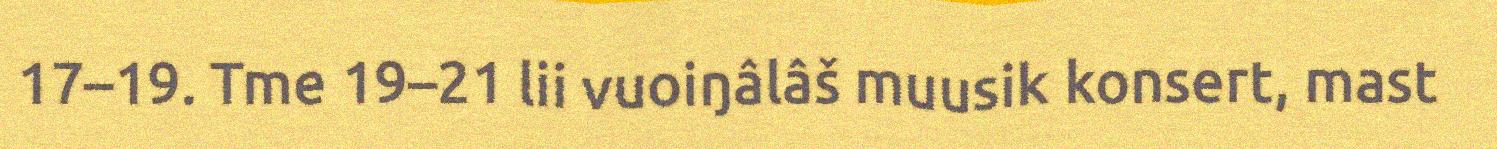
17–19. Tme 19–21 lii vuoiŋâlâš muusik konsert, mast